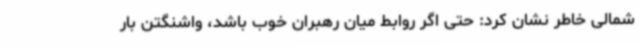
شمالی خاطر نشان کرد: حتی اگر روابط میان رهبران خوب باشد، واشنگتن بار